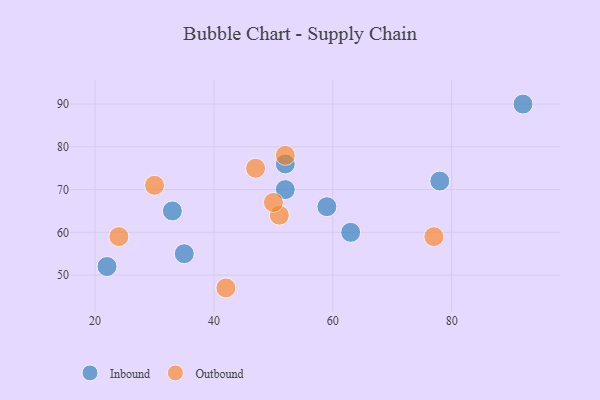
{"axis": {"x": "GDP", "y": "Life Expectancy"}, "legend": ["Inbound", "Outbound"], "data": [{"x": "59", "y": 66, "type": "Inbound"}, {"x": "33", "y": 65, "type": "Inbound"}, {"x": "52", "y": 76, "type": "Inbound"}, {"x": "22", "y": 52, "type": "Inbound"}, {"x": "63", "y": 60, "type": "Inbound"}, {"x": "52", "y": 70, "type": "Inbound"}, {"x": "78", "y": 72, "type": "Inbound"}, {"x": "35", "y": 55, "type": "Inbound"}, {"x": "92", "y": 90, "type": "Inbound"}, {"x": "52", "y": 78, "type": "Outbound"}, {"x": "42", "y": 47, "type": "Outbound"}, {"x": "77", "y": 59, "type": "Outbound"}, {"x": "30", "y": 71, "type": "Outbound"}, {"x": "51", "y": 64, "type": "Outbound"}, {"x": "47", "y": 75, "type": "Outbound"}, {"x": "50", "y": 67, "type": "Outbound"}, {"x": "24", "y": 59, "type": "Outbound"}]}